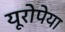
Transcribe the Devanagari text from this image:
यूरोपेया